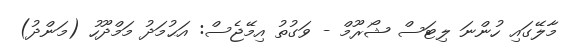
މާލޭގައި ހުންނަ ލިޓަސް ޝޯރޫމް - ވަގުތު އިމޭޖެސް: އަޙުމަދު މަމްދޫހު (މަންދު)